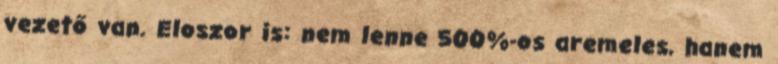
vezető van. Eloszor is: nem lenne 500%-os aremeles, hanem